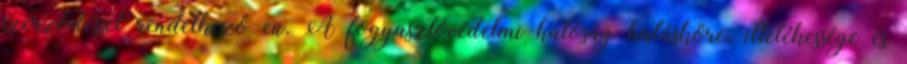
szerződéssel rendelkező eü. A fogyasztóvédelmi hatóság hatásköre, illetékessége és